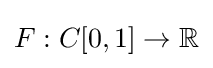
F:C[0,1]\to \mathbb {R}